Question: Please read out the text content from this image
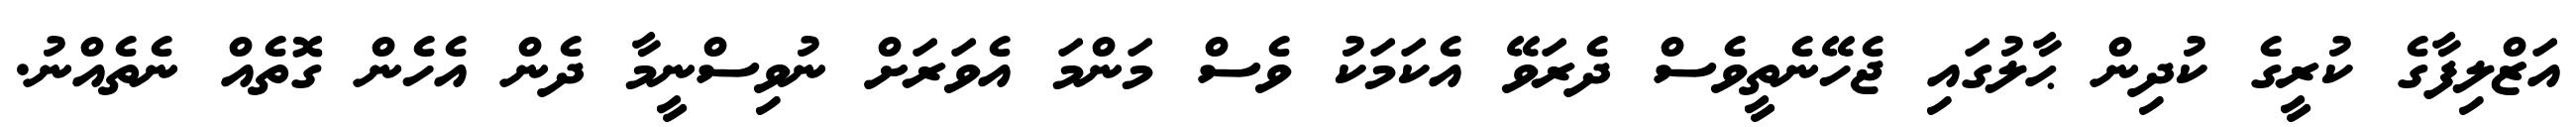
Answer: އަޒްލިފާގެ ކުރީގެ ކުދިން ޙާލުގައި ޖެހޭނެތީވެސް ދެރަވޭ އެކަމަކު ވެސް މަންމަ އެވަރަށް ނުވިސްނީމާ ދެން އެހެން ގޮތެއް ނެތެއްނު.